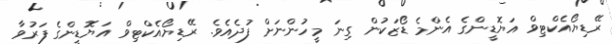
ރޭޑިޔޯއެކްޓިވް އަޔޮޑީންގެ އެންމެ ޑޯޒަކުން ގިނަ މީހުންނަށް ފުދެއެވެ. ރޭޑިޔޯއެކްޓިވް އަޔޮޑީންގެ ފަރުވާ